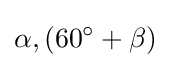
\alpha ,(60^{\circ }+\beta )